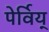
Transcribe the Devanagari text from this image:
पेर्विय्